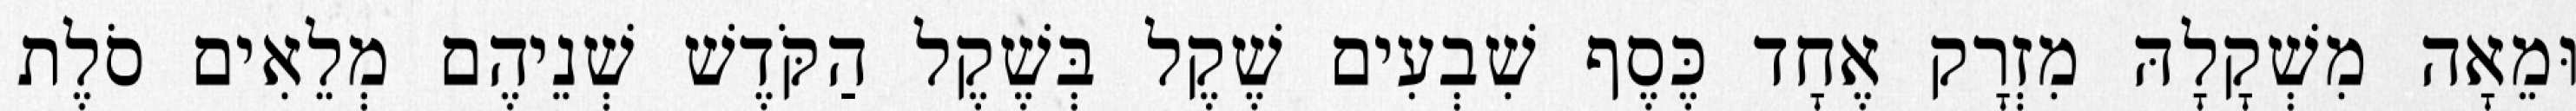
וּמֵאָה מִשְׁקָלָהּ מִזְרָק אֶחָד כֶּסֶף שִׁבְעִים שֶׁקֶל בְּשֶׁקֶל הַקֹּדֶשׁ שְׁנֵיהֶם מְלֵאִים סֹלֶת